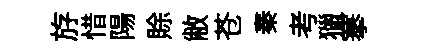
斿惜陽賖敝苍秦考獵搴